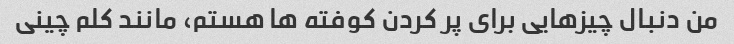
من دنبال چیزهایی برای پر کردن کوفته ها هستم، مانند کلم چینی